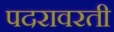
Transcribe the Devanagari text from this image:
पदरावरती